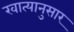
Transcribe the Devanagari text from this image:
खात्यानुसार